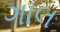
ગાલ